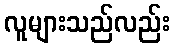
လူများသည်လည်း